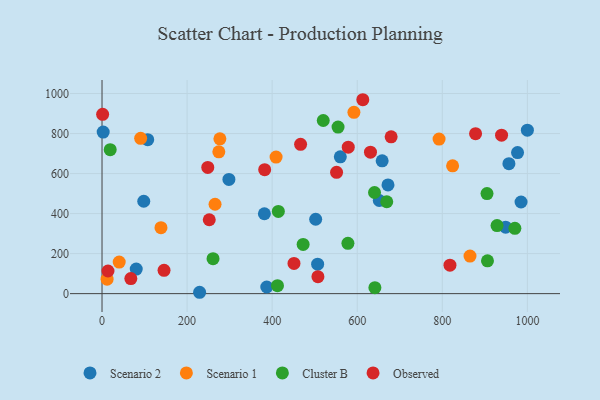
{"axis": {"x": "Investment", "y": "Yield"}, "legend": ["Cluster B", "Observed", "Scenario 1", "Scenario 2"], "data": [{"x": "1000.0", "y": 816.8, "type": "Scenario 2"}, {"x": "672.3", "y": 543.4, "type": "Scenario 2"}, {"x": "80.4", "y": 122.9, "type": "Scenario 2"}, {"x": "229.4", "y": 6.8, "type": "Scenario 2"}, {"x": "506.9", "y": 147.0, "type": "Scenario 2"}, {"x": "560.2", "y": 683.8, "type": "Scenario 2"}, {"x": "985.1", "y": 457.9, "type": "Scenario 2"}, {"x": "98.1", "y": 461.7, "type": "Scenario 2"}, {"x": "298.3", "y": 570.9, "type": "Scenario 2"}, {"x": "387.3", "y": 33.1, "type": "Scenario 2"}, {"x": "2.7", "y": 807.1, "type": "Scenario 2"}, {"x": "502.3", "y": 371.8, "type": "Scenario 2"}, {"x": "948.9", "y": 332.0, "type": "Scenario 2"}, {"x": "107.4", "y": 769.5, "type": "Scenario 2"}, {"x": "381.7", "y": 399.2, "type": "Scenario 2"}, {"x": "651.8", "y": 465.3, "type": "Scenario 2"}, {"x": "956.6", "y": 649.5, "type": "Scenario 2"}, {"x": "976.9", "y": 705.0, "type": "Scenario 2"}, {"x": "658.6", "y": 663.5, "type": "Scenario 2"}, {"x": "274.6", "y": 708.5, "type": "Scenario 1"}, {"x": "265.7", "y": 446.7, "type": "Scenario 1"}, {"x": "11.9", "y": 72.5, "type": "Scenario 1"}, {"x": "792.4", "y": 772.4, "type": "Scenario 1"}, {"x": "277.1", "y": 773.5, "type": "Scenario 1"}, {"x": "409.2", "y": 682.3, "type": "Scenario 1"}, {"x": "592.2", "y": 906.2, "type": "Scenario 1"}, {"x": "90.8", "y": 776.2, "type": "Scenario 1"}, {"x": "824.2", "y": 638.5, "type": "Scenario 1"}, {"x": "40.4", "y": 157.5, "type": "Scenario 1"}, {"x": "138.6", "y": 329.5, "type": "Scenario 1"}, {"x": "865.1", "y": 187.5, "type": "Scenario 1"}, {"x": "669.4", "y": 459.1, "type": "Cluster B"}, {"x": "640.6", "y": 505.4, "type": "Cluster B"}, {"x": "641.5", "y": 29.9, "type": "Cluster B"}, {"x": "19.2", "y": 719.2, "type": "Cluster B"}, {"x": "261.0", "y": 174.9, "type": "Cluster B"}, {"x": "520.1", "y": 865.1, "type": "Cluster B"}, {"x": "928.7", "y": 340.3, "type": "Cluster B"}, {"x": "578.1", "y": 251.5, "type": "Cluster B"}, {"x": "414.5", "y": 410.6, "type": "Cluster B"}, {"x": "412.5", "y": 39.9, "type": "Cluster B"}, {"x": "472.8", "y": 245.8, "type": "Cluster B"}, {"x": "970.6", "y": 326.2, "type": "Cluster B"}, {"x": "905.1", "y": 500.1, "type": "Cluster B"}, {"x": "554.9", "y": 832.3, "type": "Cluster B"}, {"x": "906.2", "y": 163.9, "type": "Cluster B"}, {"x": "631.1", "y": 706.9, "type": "Observed"}, {"x": "145.8", "y": 116.7, "type": "Observed"}, {"x": "939.3", "y": 792.0, "type": "Observed"}, {"x": "507.6", "y": 84.6, "type": "Observed"}, {"x": "67.7", "y": 75.3, "type": "Observed"}, {"x": "878.2", "y": 799.2, "type": "Observed"}, {"x": "578.9", "y": 731.7, "type": "Observed"}, {"x": "252.1", "y": 369.2, "type": "Observed"}, {"x": "248.6", "y": 630.6, "type": "Observed"}, {"x": "466.8", "y": 746.0, "type": "Observed"}, {"x": "382.4", "y": 619.3, "type": "Observed"}, {"x": "613.1", "y": 969.0, "type": "Observed"}, {"x": "1.4", "y": 895.9, "type": "Observed"}, {"x": "551.4", "y": 606.0, "type": "Observed"}, {"x": "818.0", "y": 142.2, "type": "Observed"}, {"x": "451.3", "y": 150.9, "type": "Observed"}, {"x": "679.7", "y": 783.7, "type": "Observed"}, {"x": "14.0", "y": 113.0, "type": "Observed"}]}